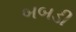
બબડી